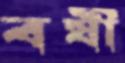
বর্ষী